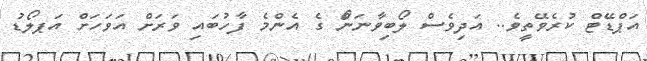
އަޕްޑޭޓް ކުރެވޭތީވެ.. އަދިވެސް ލޯބިވާނަންޯ ގެ އެންމެ ފާހުބައި ވަރަށް އަވަހަށް އަޕލޯޑު